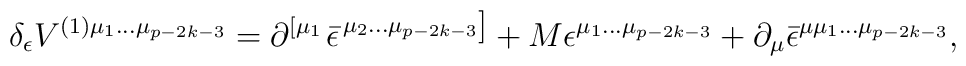
\delta _\epsilon V^{(1)\mu _1\ldots \mu _{p-2k-3}}=\partial^{\left[ \mu _1\right. }\bar \epsilon ^{\left. \mu _2\ldots \mu_{p-2k-3}\right] }+M\epsilon ^{\mu _1\ldots \mu _{p-2k-3}}+\partial _\mu\bar \epsilon ^{\mu \mu _1\ldots \mu _{p-2k-3}},